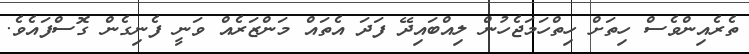
ތެރެއިންވެސް ހިތަށް ހިތްހަމަޖެހުން ލިއްބައިދޭ ފަދަ އެތައް މަންޒަރެއް ވަނީ ފެނިގެން ގޮސްފައެވެ.